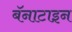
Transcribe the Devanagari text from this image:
बॅनाटाइन